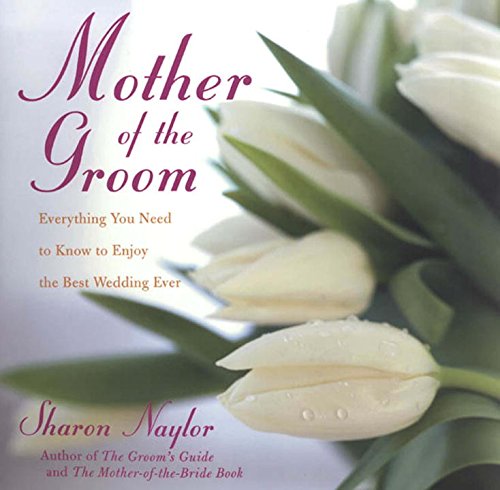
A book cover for The Mother of the Groom: Everything You Need to Know to Enjoy the Best Wedding Ever; Sharon Naylor; Crafts, Hobbies & Home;